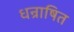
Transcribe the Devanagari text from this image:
धन्राषित